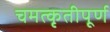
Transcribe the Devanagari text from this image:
चमत्कृतीपूर्ण